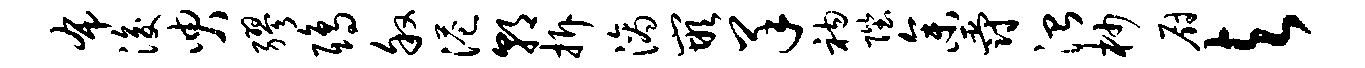
布浚臾缪鸱叙港朝拆滴嵌羊衲陛参爵治杪厨与